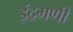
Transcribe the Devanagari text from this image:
इंद्रमणी